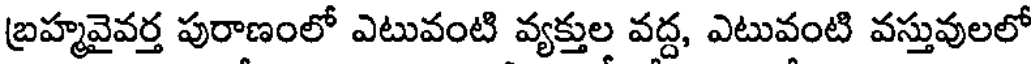
బ్రహ్మవైవర్త పురాణంలో ఎటువంటి వ్యక్తుల వద్ద, ఎటువంటి వస్తువులలో